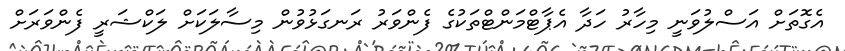
އެގޮތަށް އަސްލުވަނީ މިހާރު ހަދާ އެޕާޓްމަންޓްތަކުގެ ފެންވަރު ރަނގަޅުވުން މިސާލަކަށް ލަކްޝަރީ ފެންވަރަށް